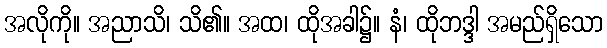
အလိုကို။ အညာသိ၊ သိ၏။ အထ၊ ထိုအခါ၌။ နံ၊ ထိုဘဒ္ဒါ အမည်ရှိသော